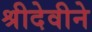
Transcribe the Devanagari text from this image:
श्रीदेवीने